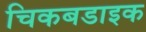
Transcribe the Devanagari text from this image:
चिकबडाइक